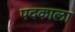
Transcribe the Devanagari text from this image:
पदकाला